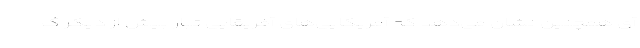
آی همچنین نشان می‌دهد که آمریکایی‌های آفریقایی تبار بیش از دیگر گ